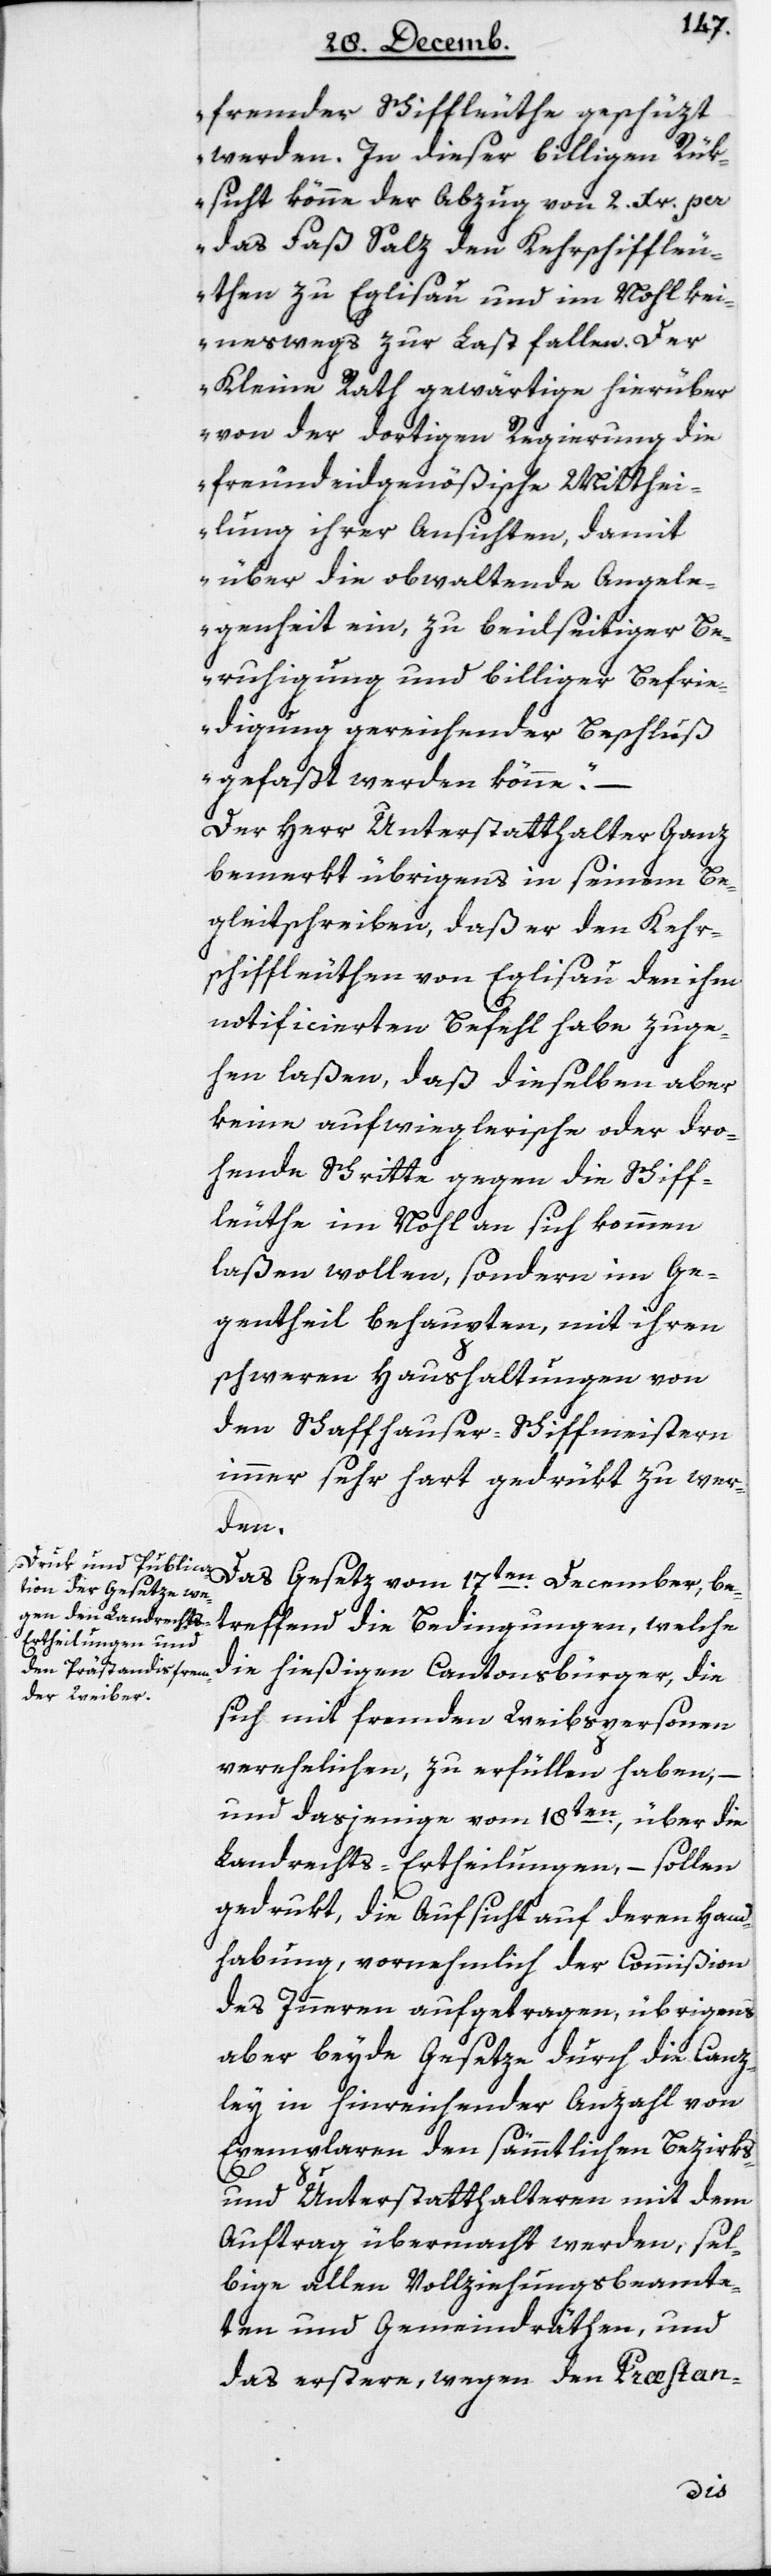
fremder Schiffleuthe geschüzt
werden. In dieser billigen Rük¬
sicht könne der Abzug von 2 Xr. pe¬
r Faß Salz den Kehrschiffleu¬
then zu Eglisau und im Nohl kei¬
neswegs zur Last fallen. Der
Kleine Rath gewärtige hierüber
von der dortigen Regierung die
freundeidgenößische Mitthei¬
lung ihrer Ansichten, damit
über die obwaltende Angele¬
genheit ein, zu beydseitiger Be¬
ruhigung und billiger Befrie¬
digung gereichender Beschluß
gefaßt werden könne“. –
Der Herr Unterstatthalter Ganz
bemerkt übrigens in seinem Be¬
gleitschreiben, daß er den Kehr¬
schiffleuthen von Eglisau den ihm
notificierten Befehl habe zuge¬
hen laßen, daß dieselben aber
keine aufwieglerische oder dro¬
hende Schritte gegen die Schiff¬
leuthe im Nohl an sich kommen
laßen wollen, sondern im Ge¬
gentheil behaupten, mit ihren
schweren Haushaltungen von
den Schaffhauser Schiffmeistern
immer sehr hart gedrükt zu wer¬
den.
Das Gesetz vom 17ten December, be¬
treffend die Bedingungen, welche
die hießigen Cantonsbürger, die
sich mit fremden Weibspersonen
verehelichen, zu erfüllen haben, –
und dasjenige vom 18ten , über die
Landrechts-Ertheilungen, – sollen
gedrukt, die Aufsicht auf deren Hand¬
habung, vornehmlich der Commißion
des Innern aufgetragen, übrigens
aber beyde Gesetze durch die Canz¬
ley in hinreichender Anzahl von
Exemplaren den sämtlichen Bezirks-
und Unterstatthalteren mit dem
Auftrag übermacht werden, sel¬
bige allen Vollziehungsbeamte¬
ten und Gemeindräthen, und
das Erstere, wegen den Præstan-